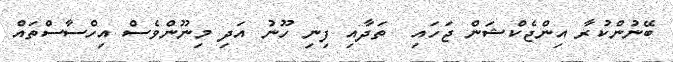
ބޭނުންކުރާ އިންޖެކްޝަން ޖަހައި  ތަދާއި ފިނި ހޫނު އަދި މިނޫންވެސް އިހްސާސްތައް